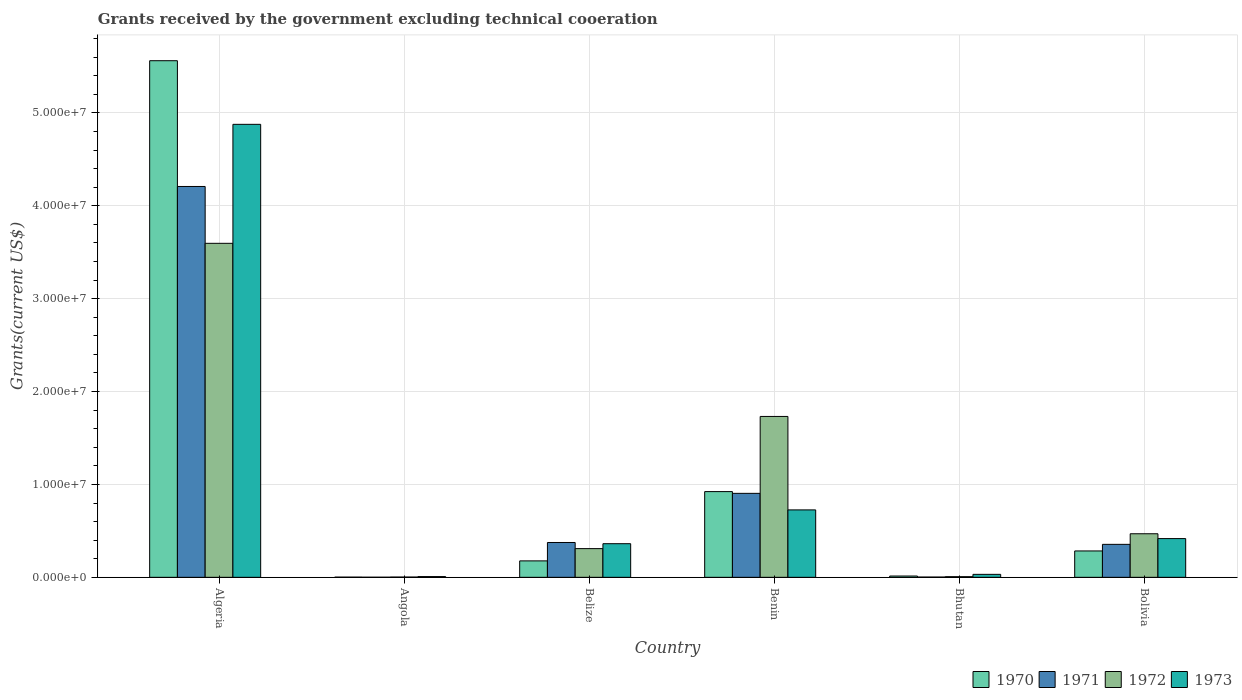
| Country | 1970 | 1971 | 1972 | 1973 |
 | --- | --- | --- | --- | --- |
 | Algeria | 5.56e+07 | 4.21e+07 | 3.6e+07 | 4.88e+07 |
 | Angola | 2e+04 | 1e+04 | 3e+04 | 8e+04 |
 | Belize | 1.77e+06 | 3.75e+06 | 3.09e+06 | 3.62e+06 |
 | Benin | 9.23e+06 | 9.04e+06 | 1.73e+07 | 7.26e+06 |
 | Bhutan | 1.4e+05 | 3e+04 | 7e+04 | 3.2e+05 |
 | Bolivia | 2.84e+06 | 3.55e+06 | 4.69e+06 | 4.17e+06 |